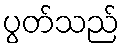
ပွတ်သည်